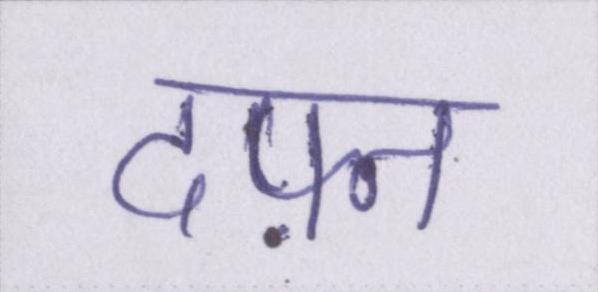
दफ़्न